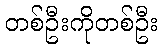
တစ်ဦးကိုတစ်ဦး